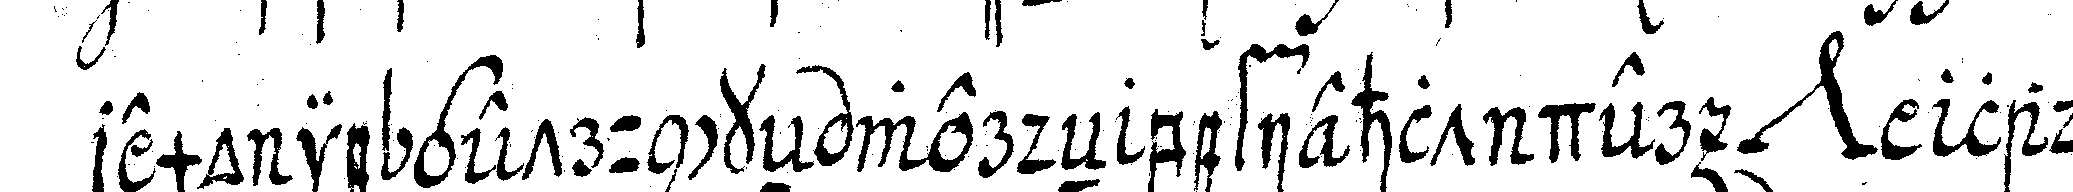
remonie getrunckeN werdeN befiehlt der *nee*  ladet